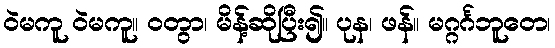
ဝဲမကူ ဝဲမကူ။ ဝတွာ၊ မိန့်ဆိုပြီး၍။ ပုန၊ ဖန်။ မဂ္ဂင်္ဂဘူတေ၊